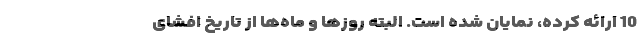
10 ارائه کرده، نمایان شده است. البته روزها و ماه‌ها از تاریخ افشای